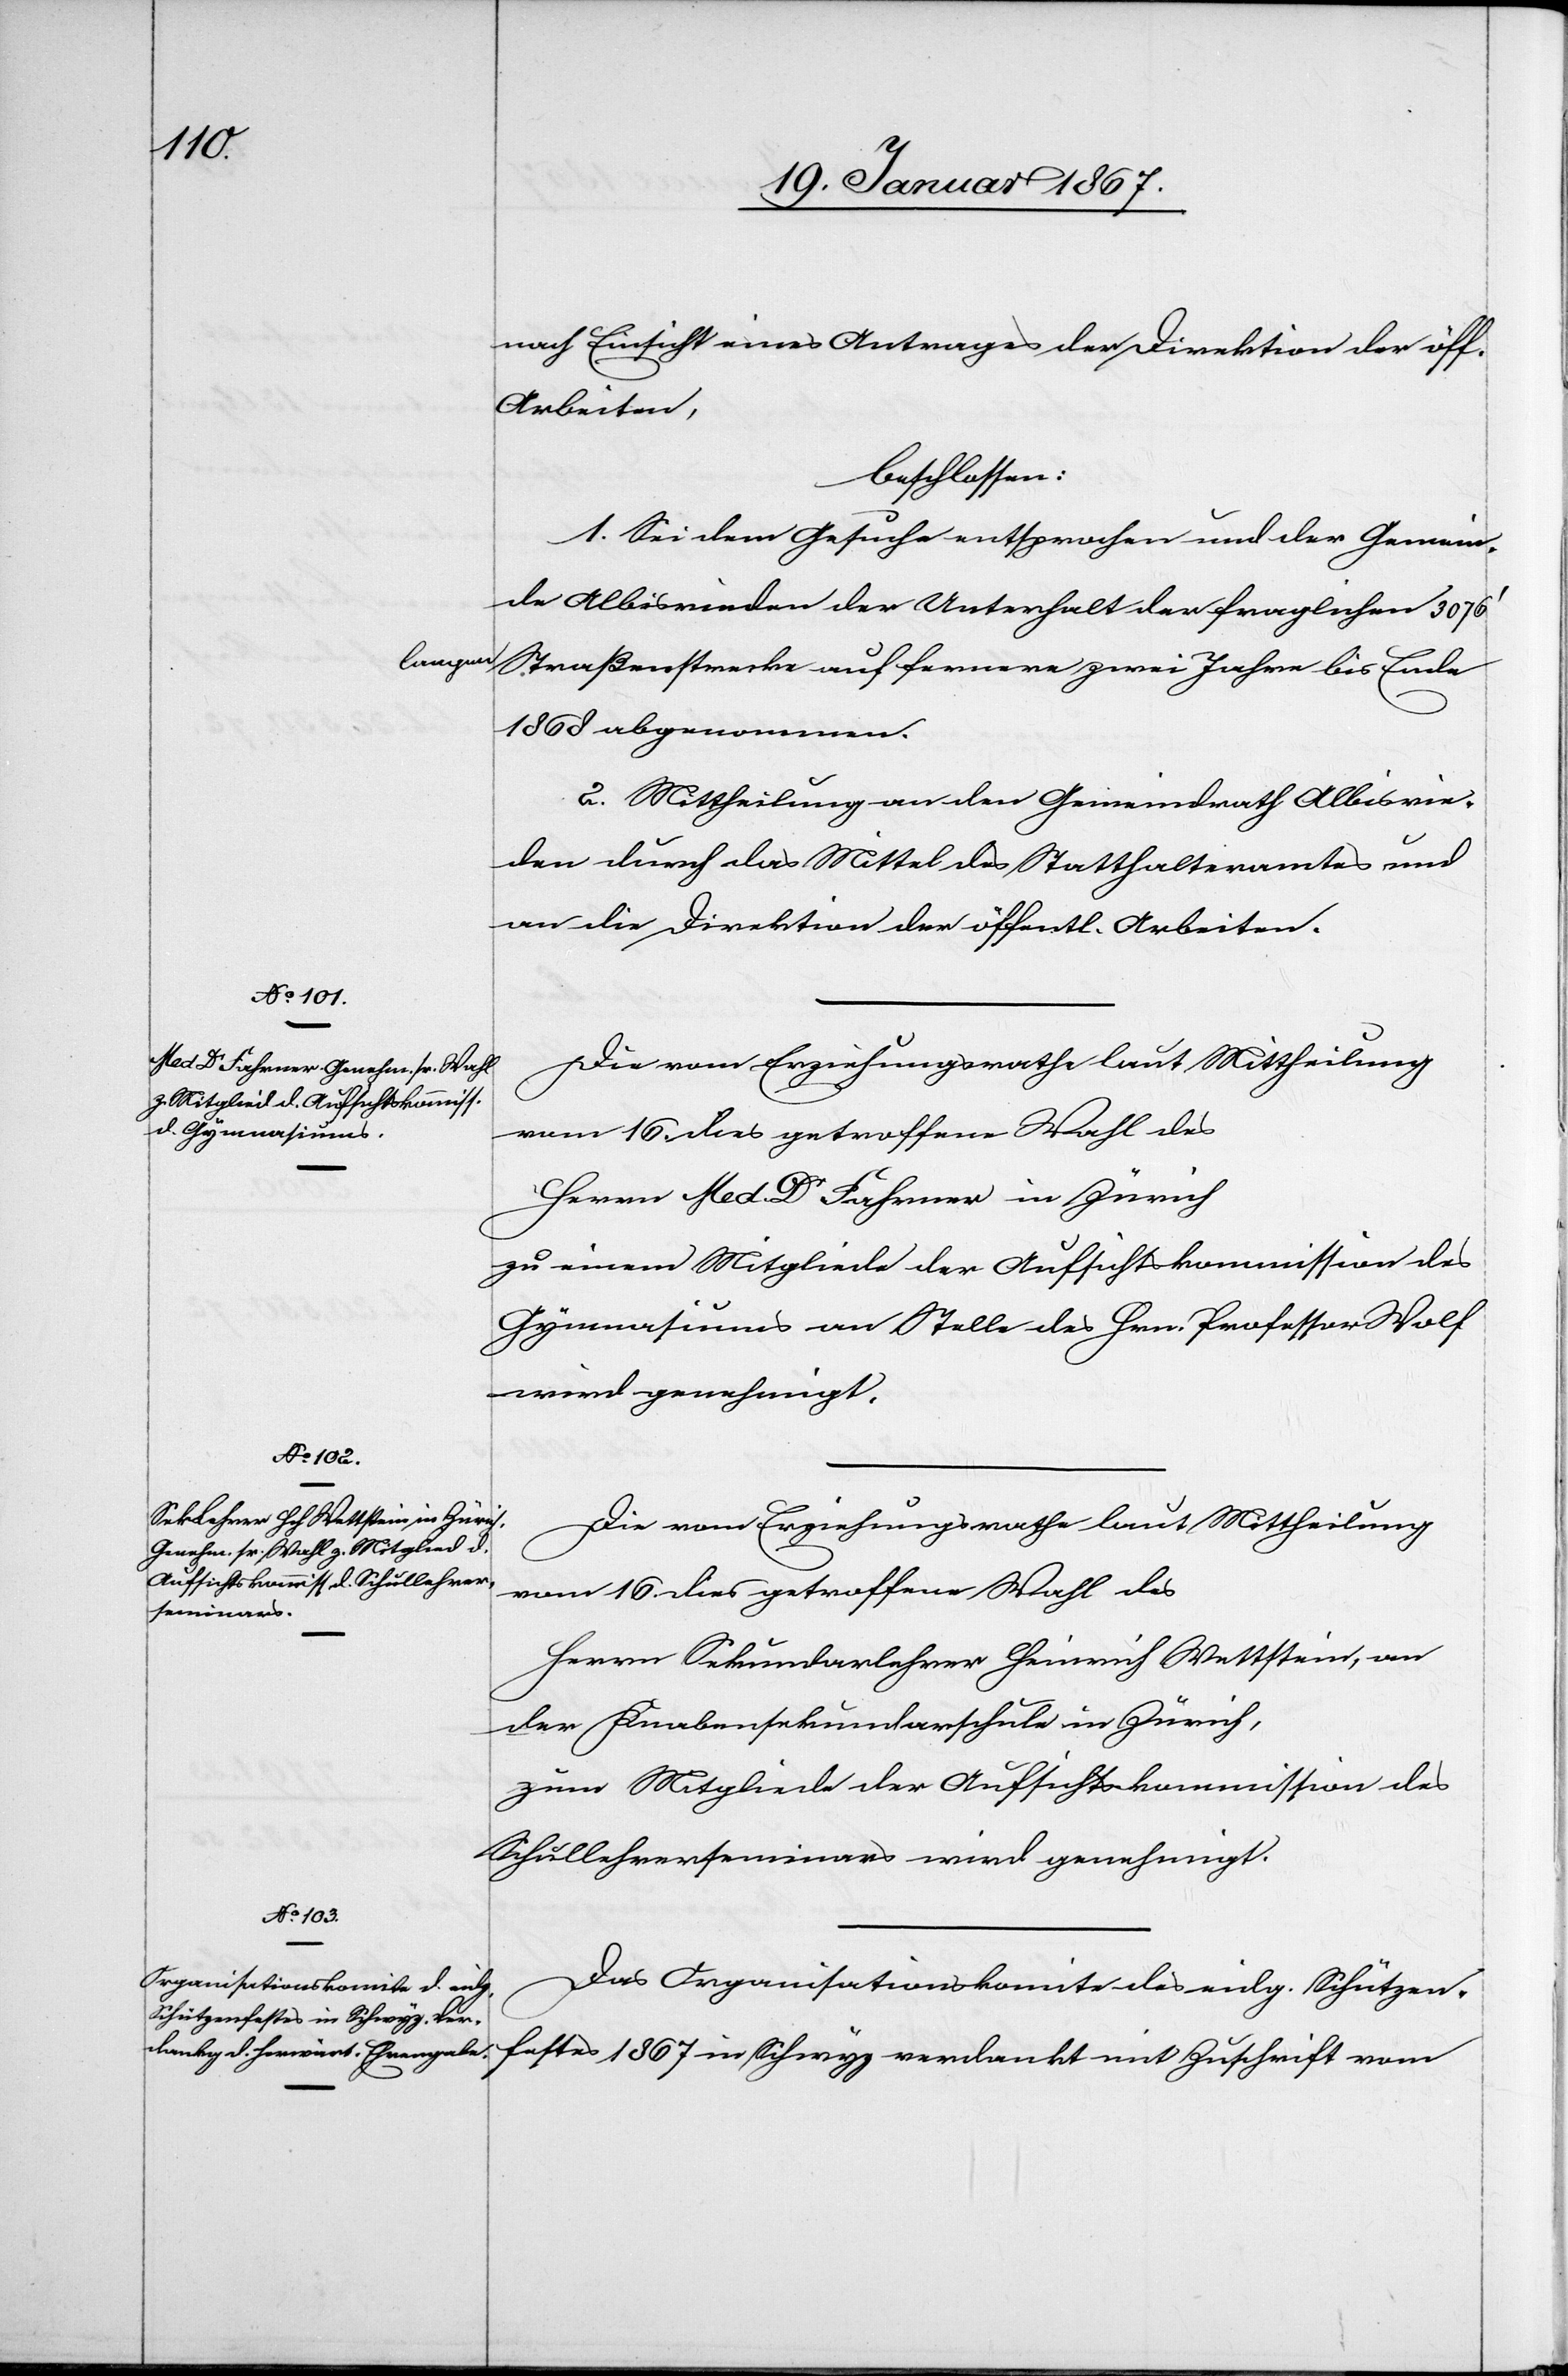
langen

nach Einsicht eines Antrages der Direktion der öff.
Arbeiten,
beschlossen:
1. Sei dem Gesuche entsprochen und der Gemein¬
de Albisrieden der Unterhalt der fraglichen 3076’
Straßenstrecke auf fernere zwei Jahre bis Ende
1868 abgenommen.
2. Mittheilung an den Gemeindrath Albisrie¬
den durch das Mittel des Statthalteramtes und
an die Direktion der öffentl. Arbeiten.
Die vom Erziehungsrathe laut Mittheilung
vom 16. dies getroffene Wahl des
Herrn Med. Dr Fahrner in Zürich
zu einem Mitgliede der Aufsichtskommission des
Gymnasiums an Stelle des Hrn. Professor Wolf
wird genehmigt.
Die vom Erziehungsrathe laut Mittheilung
vom 16. dies getroffene Wahl des
Herrn Sekundarlehrer Heinrich Wettstein, an
der Knabensekundarschule in Zürich,
zum Mitgliede der Aufsichtskommission des
Schullehrerseminars wird genehmigt.
Das Organisationskomite des eidg. Schützen¬
festes 1867 in Schwyz verdankt mit Zuschrift vom